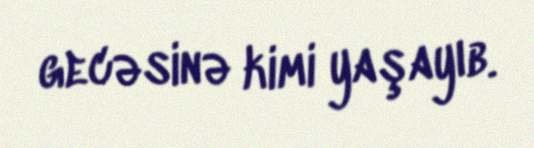
gecəsinə kimi yaşayıb.